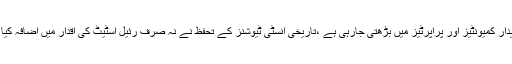
لامودی کی تازہ ریسرچ کے مطابق پاکستانی اور غیر ملکی سرمایہ کار دونوں کی دلچسپی پائیدار کمیونٹیز اور پراپرٹیز میں بڑھتی جارہی ہے ،تاریخی انسٹی ٹیوشنز کے تحفظ نے نہ صرف رئیل اسٹیٹ کی اقدار میں اضافہ کیا ہے بلکہ ماحولیاتی تحفظ کے ضمن میں کی جانے والی کوششوں کو بھی مزید آگے بڑھایا ہے۔